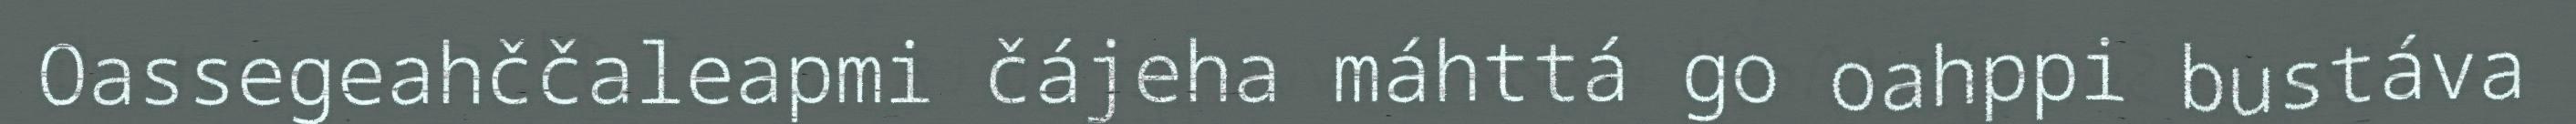
Oassegeahččaleapmi čájeha máhttá go oahppi bustáva